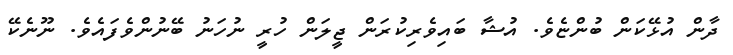
ދާން އުޅޭކަން ބުންޏެވެ. އުޝާ ބައިވެރިކުރަން ޖީލަން ހުރީ ނުހަނު ބޭނުންވެފައެވެ. ނޫނެކޭ